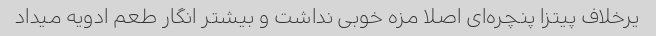
یرخلاف پیتزا پنچره‌ای اصلا مزه خوبی نداشت و بیشتر انگار طعم ادویه میداد